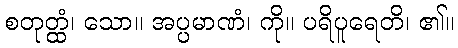
စတုတ္ထံ၊ သော။ အပ္ပမာဏံ၊ ကို။ ပရိပူရေတိ၊ ၏။